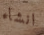
انشاء